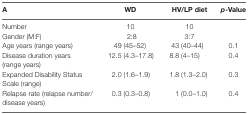
<table><thead><tr><td><b>A</b></td><td><b>WD</b></td><td><b>HV/LP diet</b></td><td><b><i>p</i>-Value</b></td></tr></thead><tbody><tr><td>Number</td><td>10</td><td>10</td><td></td></tr><tr><td>Gender (M:F)</td><td>2:8</td><td>3:7</td><td></td></tr><tr><td>Age years (range years)</td><td>49 (45–52)</td><td>43 (40–44)</td><td>0.1</td></tr><tr><td>Disease duration years (range years)</td><td>12.5 (4.3–17.8)</td><td>8.8 (4–15)</td><td>0.4</td></tr><tr><td>Expanded Disability Status Scale (range)</td><td>2.0 (1.6–1.9)</td><td>1.8 (1.3–2.0)</td><td>0.3</td></tr><tr><td>Relapse rate (relapse number/disease years)</td><td>0.3 (0.3–0.8)</td><td>1 (0.0–1.0)</td><td>0.4</td></tr></tbody></table>